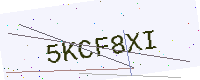
Text: 5KCF8XI